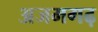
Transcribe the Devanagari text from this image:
अजमगढ़